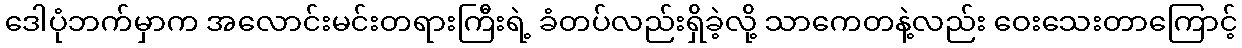
ဒေါပုံဘက်မှာက အလောင်းမင်းတရားကြီးရဲ့ ခံတပ်လည်းရှိခဲ့လို့ သာကေတနဲ့လည်း ဝေးသေးတာကြောင့်